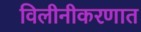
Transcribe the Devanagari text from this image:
विलीनीकरणात